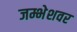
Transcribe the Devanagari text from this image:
जम्भेशवर